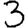
Digit: 3